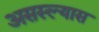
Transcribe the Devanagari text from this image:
असस्ल्यास